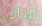
مجانى